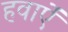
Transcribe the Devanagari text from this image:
हवाऐं